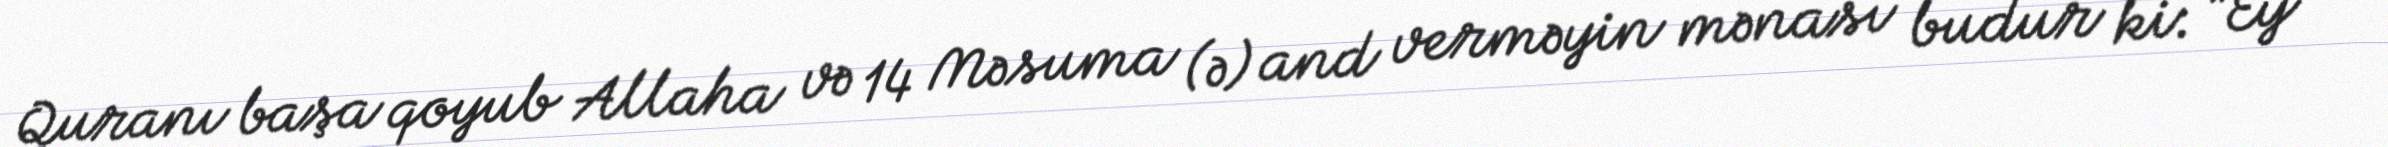
Quranı başa qoyub Allaha və 14 Məsuma (ə) and verməyin mənası budur ki: “Ey